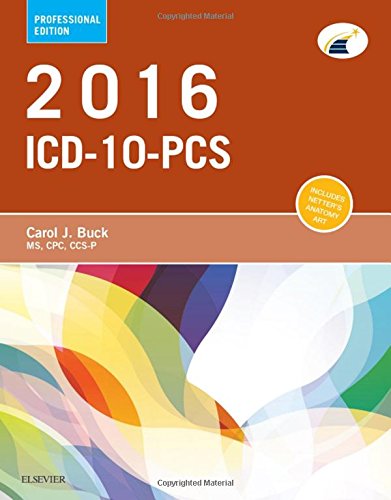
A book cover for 2016 ICD-10-PCS Professional Edition, 1e; Carol J. Buck MS  CPC  CCS-P; Medical Books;